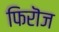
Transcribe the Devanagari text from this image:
फिरॊज